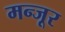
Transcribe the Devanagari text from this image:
मन्जूर